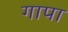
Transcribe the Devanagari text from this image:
गापा